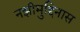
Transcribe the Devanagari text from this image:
नझीमुद्दिनास